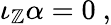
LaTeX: \iota_{\mathbb{Z}}\alpha=0\ ,